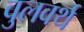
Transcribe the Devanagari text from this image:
वुलवर्थ